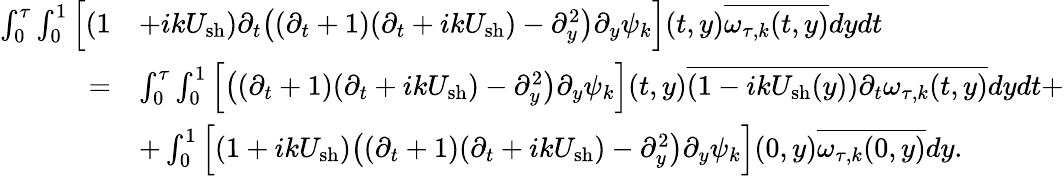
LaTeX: \begin{array}{rl}{\int_{0}^{\tau}\int_{0}^{1}\Big[(1}&{+ikU_{\mathrm{sh}})\partial_{t}\big((\partial_{t}+1)(\partial_{t}+ikU_{\mathrm{sh}})-\partial_{y}^{2}\big)\partial_{y}\psi_{k}\Big](t,y)\overline{{\omega_{\tau,k}(t,y)}}dydt}\\ {=}&{\int_{0}^{\tau}\int_{0}^{1}\Big[\big((\partial_{t}+1)(\partial_{t}+ikU_{\mathrm{sh}})-\partial_{y}^{2}\big)\partial_{y}\psi_{k}\Big](t,y)\overline{{(1-ikU_{\mathrm{sh}}(y))\partial_{t}\omega_{\tau,k}(t,y)}}dydt+}\\ &{+\int_{0}^{1}\Big[(1+ikU_{\mathrm{sh}})\big((\partial_{t}+1)(\partial_{t}+ikU_{\mathrm{sh}})-\partial_{y}^{2}\big)\partial_{y}\psi_{k}\Big](0,y)\overline{{\omega_{\tau,k}(0,y)}}dy.}\end{array}